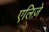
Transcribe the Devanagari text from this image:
एलिज़े